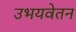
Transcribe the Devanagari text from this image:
उभयवेतन